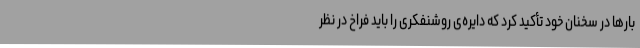
بارها در سخنان خود تأکید کرد که دایره‌ی روشنفکری را باید فراخ در نظر